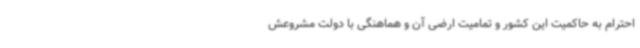
احترام به حاکمیت این کشور و تمامیت ارضی آن و هماهنگی با دولت مشروعش